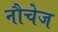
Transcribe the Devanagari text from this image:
नौचेज